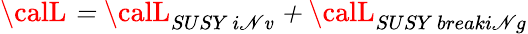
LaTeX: \calL\mit=\calL\mit_{SUSY~i\mathscr{N}\mathit{v}}+\calL\mit_{SUSY~breaki\mathscr{N}g}